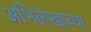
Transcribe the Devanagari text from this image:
अभिलेखाच्या